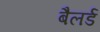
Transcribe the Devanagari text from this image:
बैलर्ड